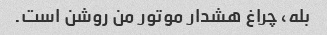
بله، چراغ هشدار موتور من روشن است.